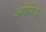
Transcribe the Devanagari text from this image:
आरंमिक